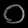
Digit: ၀